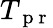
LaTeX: T_{\mathrm{~p~r~}}